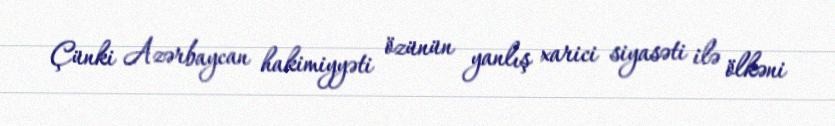
Çünki Azərbaycan hakimiyyəti özünün yanlış xarici siyasəti ilə ölkəni